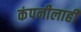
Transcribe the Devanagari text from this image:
कंपनीलाही